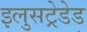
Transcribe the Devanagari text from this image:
इलुसट्रेडेड